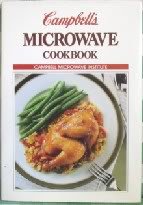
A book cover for Campbells Microwave Cookbook; Campbell Soup Company; Cookbooks, Food & Wine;